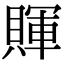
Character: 賱